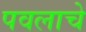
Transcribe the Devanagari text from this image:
पवलाचे